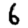
Digit: 6